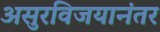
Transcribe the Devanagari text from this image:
असुरविजयानंतर